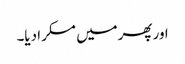
اور پھرمیں مسکرا دیا۔